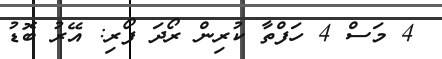
4 މަސް 4 ހަފްތާ ކުރިން ރޯދަ ފޯރި: އޭރު ބޮޑު